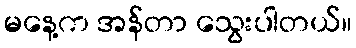
မနေ့က အန်တာ သွေးပါတယ်။